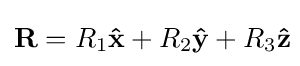
\mathbf {R} =R_{1}\mathbf {\hat {x}} +R_{2}\mathbf {\hat {y}} +R_{3}\mathbf {\hat {z}} \!